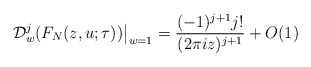
\begin{align*}\mathcal D_w^j(F_N(z,u;\tau))\big|_{w=1}=\frac{(-1)^{j+1}j!}{(2\pi i z)^{j+1}}+O(1)\end{align*}